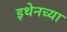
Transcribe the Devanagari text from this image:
इथेनच्या